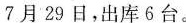
7月29日，出库6台。